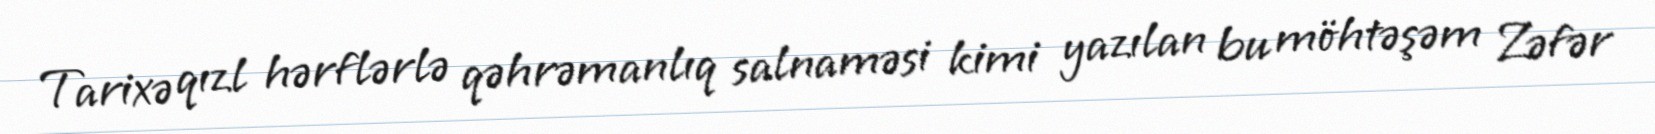
Tarixə qızl hərflərlə qəhrəmanlıq salnaməsi kimi yazılan bu möhtəşəm Zəfər